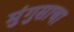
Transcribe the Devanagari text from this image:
मुंगुसाचा